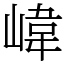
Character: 𡺨